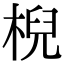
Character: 棿